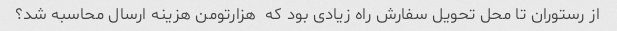
از رستوران تا محل تحویل سفارش راه زیادی بود که  هزارتومن هزینه ارسال محاسبه شد؟